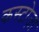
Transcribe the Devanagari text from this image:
कस्टोज़ा